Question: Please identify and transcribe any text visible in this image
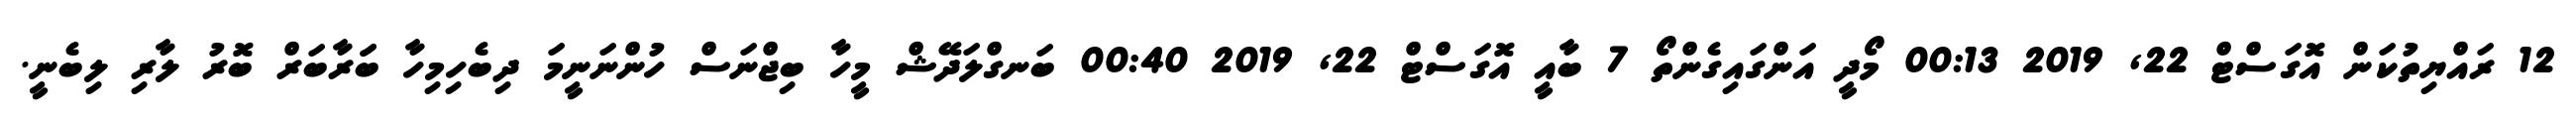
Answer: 12 ރައްޔިތުކަން އޮގަސްޓް 22, 2019 00:13 މޯދީ އަންގައިގެންތޯ 7 ބާއީ އޮގަސްޓް 22, 2019 00:40 ބަނގްލަދޭޝް މީހާ ބިޖްނަސް ހުންނަނީމަ ދިބެހިމިހާ ބަަރާބަރް ބޮރު ލާރި ލިބެނީ.